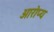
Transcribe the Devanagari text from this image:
आरोप्य